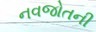
નવજોતની